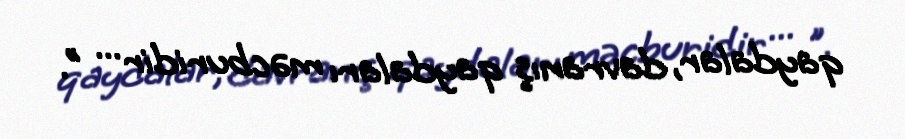
qaydalar, davranış qaydaları məcburidir ... ".